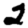
Digit: 2